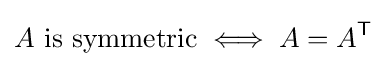
A{\text{ is symmetric}}\iff A=A^{\textsf {T}}